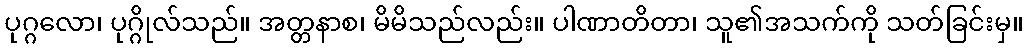
ပုဂ္ဂလော၊ ပုဂ္ဂိုလ်သည်။ အတ္တနာစ၊ မိမိသည်လည်း။ ပါဏာတိတာ၊ သူ၏အသက်ကို သတ်ခြင်းမှ။